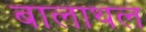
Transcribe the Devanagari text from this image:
बालाथल